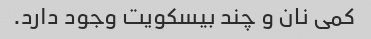
کمی نان و چند بیسکویت وجود دارد.